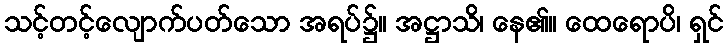
သင့်တင့်လျောက်ပတ်သော အရပ်၌။ အဋ္ဌာသိ၊ နေ၏။ ထေရောပိ၊ ရှင်